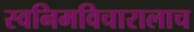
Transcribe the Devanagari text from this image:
स्वनिमविचारालाच